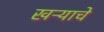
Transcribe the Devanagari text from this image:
खऱ्याचे